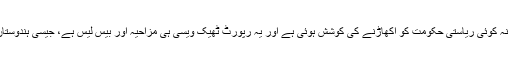
ہندوستان کے ایک وزیر غلام نبی آزاد نے ہمت بھرا کام کیا اور انہوں نے کہا، ایسا کوئی کام نہیں ہوا ہے، نہ کوئی ریاستی حکومت کو اکھاڑنے کی کوشش ہوئی ہے اور یہ رپورٹ ٹھیک ویسی ہی مزاحیہ اور بیس لیس ہے، جیسی ہندوستان کے اقتدار پر فوج کے قبضہ کرنے کی رپورٹ تھی اور یہ دونوں رپورٹ ایک ہی اخبار نے چھاپی ہے۔